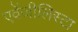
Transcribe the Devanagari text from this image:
एवेंजीलिस्टा